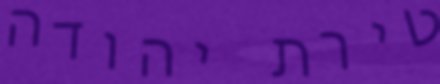
טירת יהודה